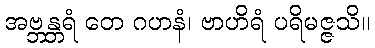
အဗ္ဘန္တရံ တေ ဂဟနံ၊ ဗာဟိရံ ပရိမဇ္ဇသိ။